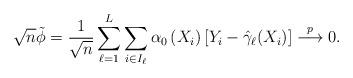
LaTeX: \begin{align*}\sqrt{n}\tilde{\phi}=\frac{1}{\sqrt{n}}\sum_{\ell=1}^{L}\sum_{i\in I_{\ell}}\alpha_{0}\left( X_{i}\right) [Y_{i}-\hat{\gamma}_{\ell}(X_{i})]\overset{p}{\longrightarrow}0. \end{align*}